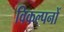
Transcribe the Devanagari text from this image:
विकल्पनों